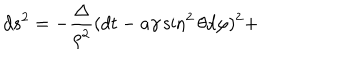
LaTeX: d s ^ { 2 } = - \frac { \Delta } { \rho ^ { 2 } } ( d t - a \gamma \sin ^ { 2 } \theta d \varphi ) ^ { 2 } +